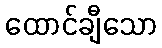
ထောင်ချီသော